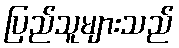
ပြည်သူများသည်